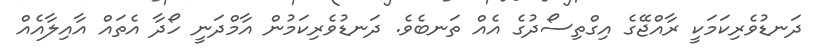
ދަނޑުވެރިކަމަކީ ރާއްޖޭގެ އިގްތިސޯދުގެ އެއް ތަނބެވެ. ދަނޑުވެރިކަމުން އާމްދަނީ ހޯދާ އެތައް އާއިލާއެއް